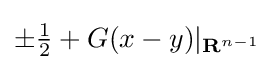
\pm {\tfrac {1}{2}}+G(x-y)|_{\mathbf {R} ^{n-1}}